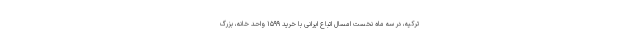
ترکیه، در سه ماه نخست امسال اتباع ایرانی با خرید ۱۵۹۹ واحد خانه، بزرگ